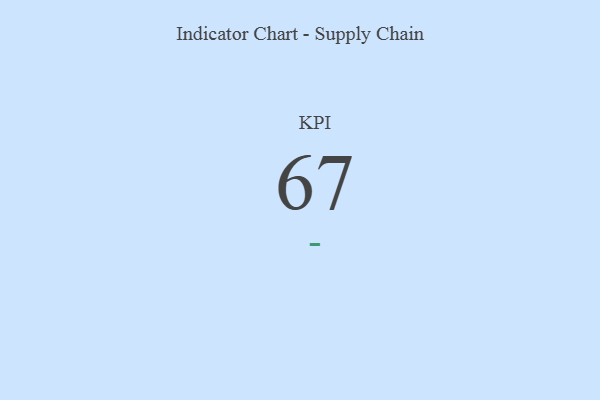
{"axis": {"x": "KPI", "y": "Value"}, "legend": [""], "data": [{"x": "KPI", "y": 67, "type": ""}]}